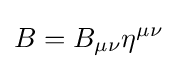
B=B_{\mu \nu }\eta ^{\mu \nu }